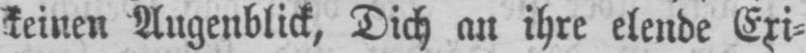
keinen Augenblick, Dich an ihre elende Exi⸗